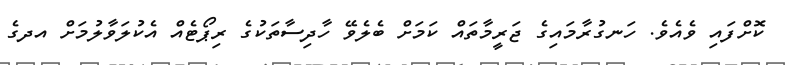
ކޮށްފައި ވެއެވެ. ހަނގުރާމައިގެ ޖަރީމާތައް ކަމަށް ބެލެވޭ ހާދިސާތަކުގެ ރިޕޯޓެއް އެކުލަވާލުމަށް އދގެ